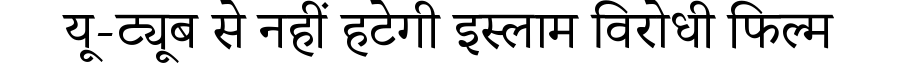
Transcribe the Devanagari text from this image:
यू-ट्यूब से नहीं हटेगी इस्लाम विरोधी फिल्म